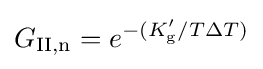
G_{\text{II,n}}=e^{-(K_{\text{g}}^{\prime }/T\Delta T)}